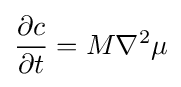
{\frac {\partial c}{\partial t}}=M\nabla ^{2}\mu